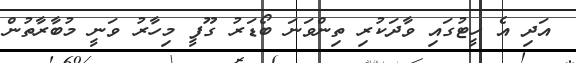
އަދި އެ ހީޓުގައި ވާދަކުރި ތިންވަނަ ބޯޑަރު ގޫފީ މިހާރު ވަނީ މުބާރާތުން